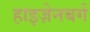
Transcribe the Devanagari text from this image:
हाइज़ेनबर्ग